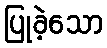
ပြုခဲ့သော